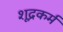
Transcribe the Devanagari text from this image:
शूद्रकर्म